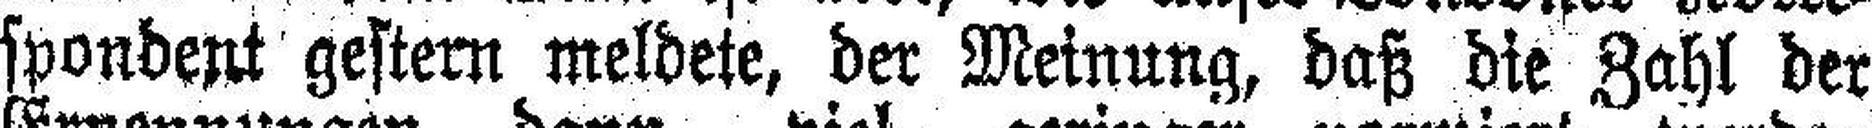
spondent gestern meldete, der Meinung, daß die Zahl der